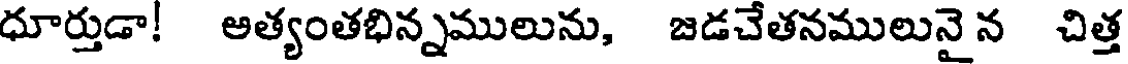
ధూర్తుడా! అత్యంతభిన్నములును, జడచేతనములునై న చిత్త